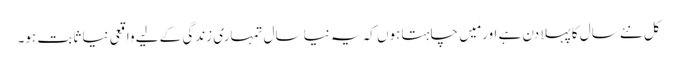
کل نئے سال کا پہلا دن ہے اور مَیں چاہتا ہوں کہ یہ نیا سال تمہاری زندگی کے لیے واقعی نیا ثابت ہو۔